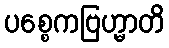
ပစ္စေကဗြဟ္မာတိ